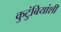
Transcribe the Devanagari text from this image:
कुटुंबियांशी